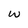
Character: w